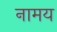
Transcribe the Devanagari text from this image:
नामय